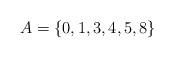
LaTeX: \begin{align*}A = \{0,1,3,4,5,8\}\end{align*}